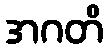
အဂတိ